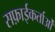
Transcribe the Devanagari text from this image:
सफ़ाईकर्ताओं